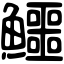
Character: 鱷